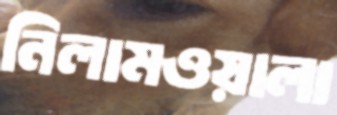
নিলামওয়ালা